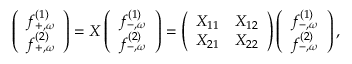
\begin{array} { r } { \left( \begin{array} { l } { f _ { + , \omega } ^ { ( 1 ) } } \\ { f _ { + , \omega } ^ { ( 2 ) } } \end{array} \right) = X \left( \begin{array} { l } { f _ { - , \omega } ^ { ( 1 ) } } \\ { f _ { - , \omega } ^ { ( 2 ) } } \end{array} \right) = \left( \begin{array} { l l } { X _ { 1 1 } } & { X _ { 1 2 } } \\ { X _ { 2 1 } } & { X _ { 2 2 } } \end{array} \right) \left( \begin{array} { l } { f _ { - , \omega } ^ { ( 1 ) } } \\ { f _ { - , \omega } ^ { ( 2 ) } } \end{array} \right) , } \end{array}